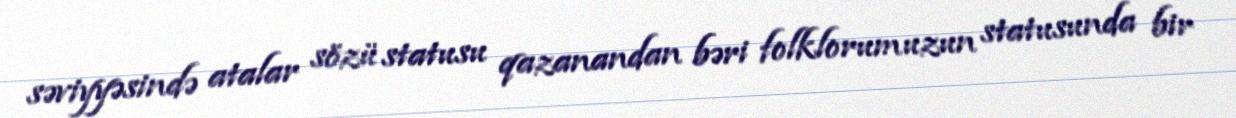
səviyyəsində atalar sözü statusu qazanandan bəri folklorumuzun statusunda bir